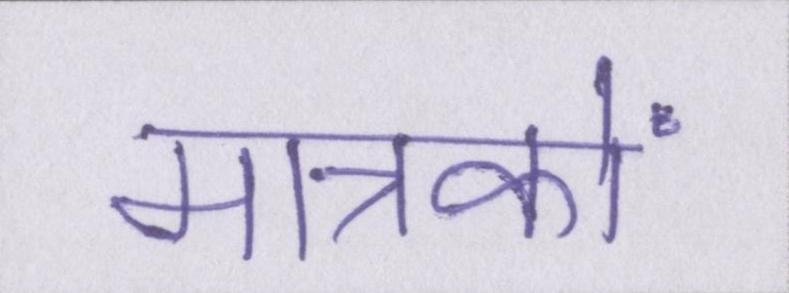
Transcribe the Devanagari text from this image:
मात्रकों